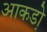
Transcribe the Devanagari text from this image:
आकडो़